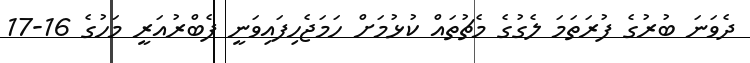
ދެވަނަ ބުރުގެ ފުރަތަމަ ލެގުގެ މެޗުތައް ކުޅުމަށް ހަމަޖެހިފައިވަނީ ފެބްރުއަރީ މަހުގެ 16-17